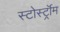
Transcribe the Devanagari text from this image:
स्टोर्स्ट्रॉम